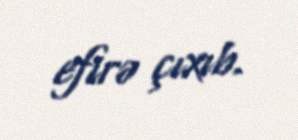
efirə çıxıb.